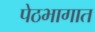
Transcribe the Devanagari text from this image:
पेठभागात